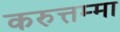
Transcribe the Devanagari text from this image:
करुत्तम्मा